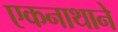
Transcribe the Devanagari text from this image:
एकनाथाने